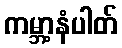
ကမ္ဘာ့နံပါတ်